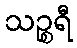
သဉ္စရီ